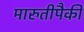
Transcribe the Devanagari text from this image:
मारुतीपैकी